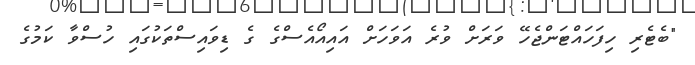
"ބެޓެރި ހިފަހައްޓަންޖެހޭ ވަރަށް ވުރެ އަވަހަށް އައިއޯއެސްގެ ގެ ޑިވައިސްތަކުގައި ހުސްވާ ކަމުގެ